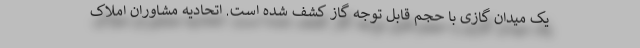
یک میدان گازی با حجم قابل توجه گاز کشف شده است. اتحادیه مشاوران املاک